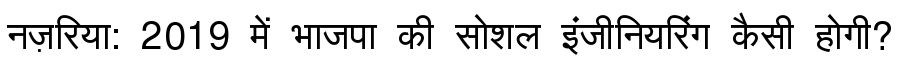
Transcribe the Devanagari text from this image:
नज़रिया: 2019 में भाजपा की सोशल इंजीनियरिंग कैसी होगी?